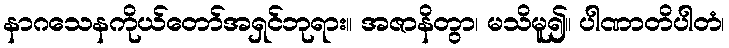
နာဂသေနကိုယ်တော်အရှင်ဘုရား။ အဇာနိတွာ၊ မသိမူ၍။ ပါဏာတိပါတံ၊